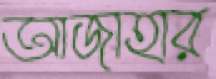
আজাহার